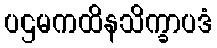
ပဌမကထိနသိက္ခာပဒံ